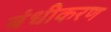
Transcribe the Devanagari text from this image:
बंधीकरण